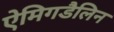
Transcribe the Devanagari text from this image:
ऐमिगडैलिन